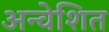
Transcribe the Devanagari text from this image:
अन्वेशित